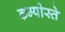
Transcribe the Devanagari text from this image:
कम्पोस्ते